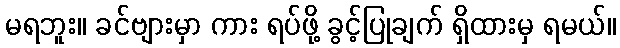
မရဘူး။ ခင်ဗျားမှာ ကား ရပ်ဖို့ ခွင့်ပြုချက် ရှိထားမှ ရမယ်။